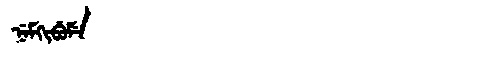
Manchu: ᠨᡝᠮᡴᡳᠪᡠᠮᡝ
Romanization: NEMKIBUME